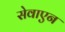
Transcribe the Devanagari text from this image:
सेवाएन